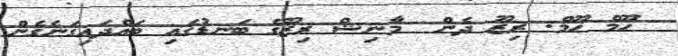
ހޫމް ހޫމް. ރިޒޫ ދެން  މާނިޝް ރިޒޫގެ ބަނޑުގައި ބައްދައިގަނެގެން